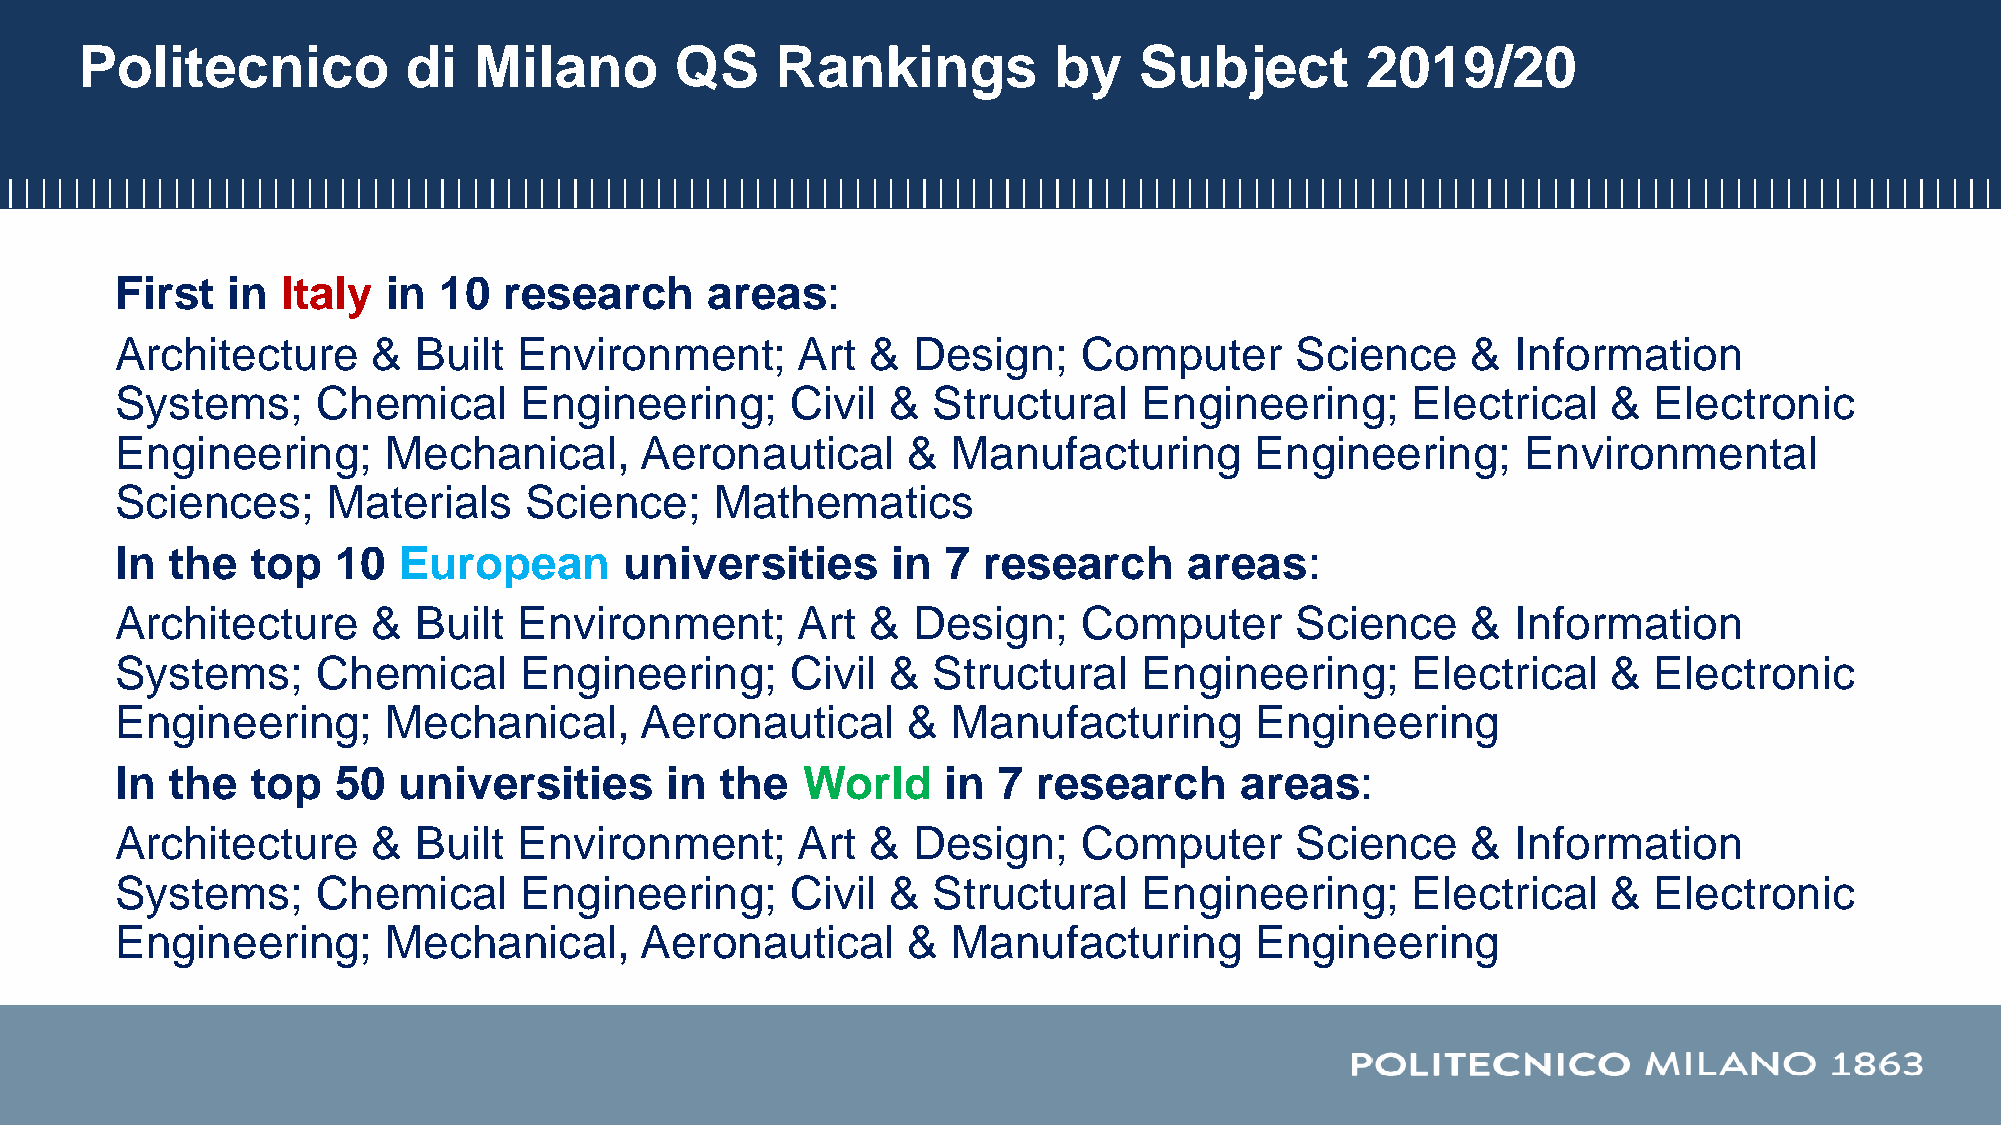
Politecnico           di  Milano        QS    Rankings           by   Subject        2019/20
 First  in  Italy  in 10  research      areas:
 Architecture     &  Built Environment;       Art  & Design;     Computer      Science    &  Information
 Systems;     Chemical     Engineering;      Civil  &  Structural    Engineering;     Electrical    & Electronic
 Engineering;     Mechanical,      Aeronautical      &  Manufacturing       Engineering;      Environmental
 Sciences;     Materials    Science;    Mathematics
 In the   top  10  European       universities      in  7 research      areas:
 Architecture     &  Built Environment;       Art  & Design;     Computer      Science    &  Information
 Systems;     Chemical     Engineering;      Civil  &  Structural    Engineering;     Electrical    & Electronic
 Engineering;     Mechanical,      Aeronautical      &  Manufacturing       Engineering
 In the   top  50  universities      in  the  World    in  7  research     areas:
 Architecture     &  Built Environment;       Art  & Design;     Computer      Science    &  Information
 Systems;     Chemical     Engineering;      Civil  &  Structural    Engineering;     Electrical    & Electronic
 Engineering;     Mechanical,      Aeronautical      &  Manufacturing       Engineering